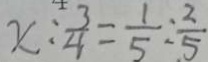
x : \frac { 3 } { 4 } = \frac { 1 } { 5 } : \frac { 2 } { 5 }